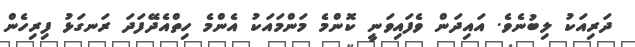
ދަރިއަކު ލިބުނެވެ. އައިދަން ވެފައިވަނީ ކޮންމެ މަންމައަކު އެންމެ ހިތްއެދޭފަދަ ރަނގަޅު ފިރިހެން